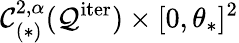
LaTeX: \mathcal{C}_{(*)}^{2,\alpha}(\mathcal{{Q}}^{\mathrm{{iter}}})\times[0,\theta_{*}]^{2}